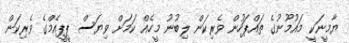
ޔާމީނަކީ މައުމޫނުގެ ތައްޕަހުން ވެރިކަން ލިބުނު މީހެއް ކަމަށް ވިޔަސް ޕީޕީއެމްގެ ވެރިކަން